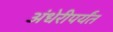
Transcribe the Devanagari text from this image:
अंधेरीपर्यंत